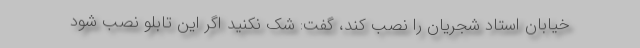
خیابان استاد شجریان را نصب کند، گفت: شک نکنید اگر این تابلو نصب شود